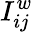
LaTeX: I_{ij}^{w}